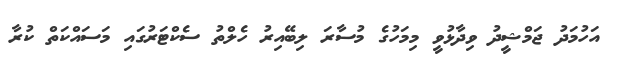
އަހުމަދު ޖަމްޝީދު ވިދާޅުވީ މިމަހުގެ މުސާރަ ލިބޭއިރު ހެލްތު ސެކްޓަރުގައި މަސައްކަތް ކުރާ